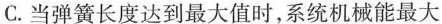
C.当弹簧长度达到最大值时，系统机械能最大